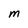
Character: M